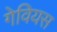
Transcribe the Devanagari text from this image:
गेवियस